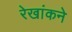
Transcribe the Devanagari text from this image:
रेखांकने